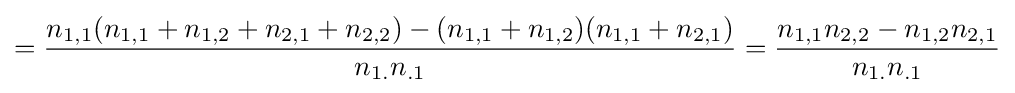
={\frac {n_{1,1}(n_{1,1}+n_{1,2}+n_{2,1}+n_{2,2})-(n_{1,1}+n_{1,2})(n_{1,1}+n_{2,1})}{n_{1.}n_{.1}}}={\frac {n_{1,1}n_{2,2}-n_{1,2}n_{2,1}}{n_{1.}n_{.1}}}